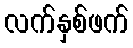
လက်နှစ်ဖက်